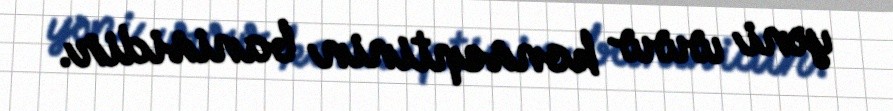
yəni www konseptinin banisidir.